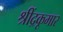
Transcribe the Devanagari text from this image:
श्रींद्रकूमार